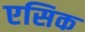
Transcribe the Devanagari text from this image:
एसिक